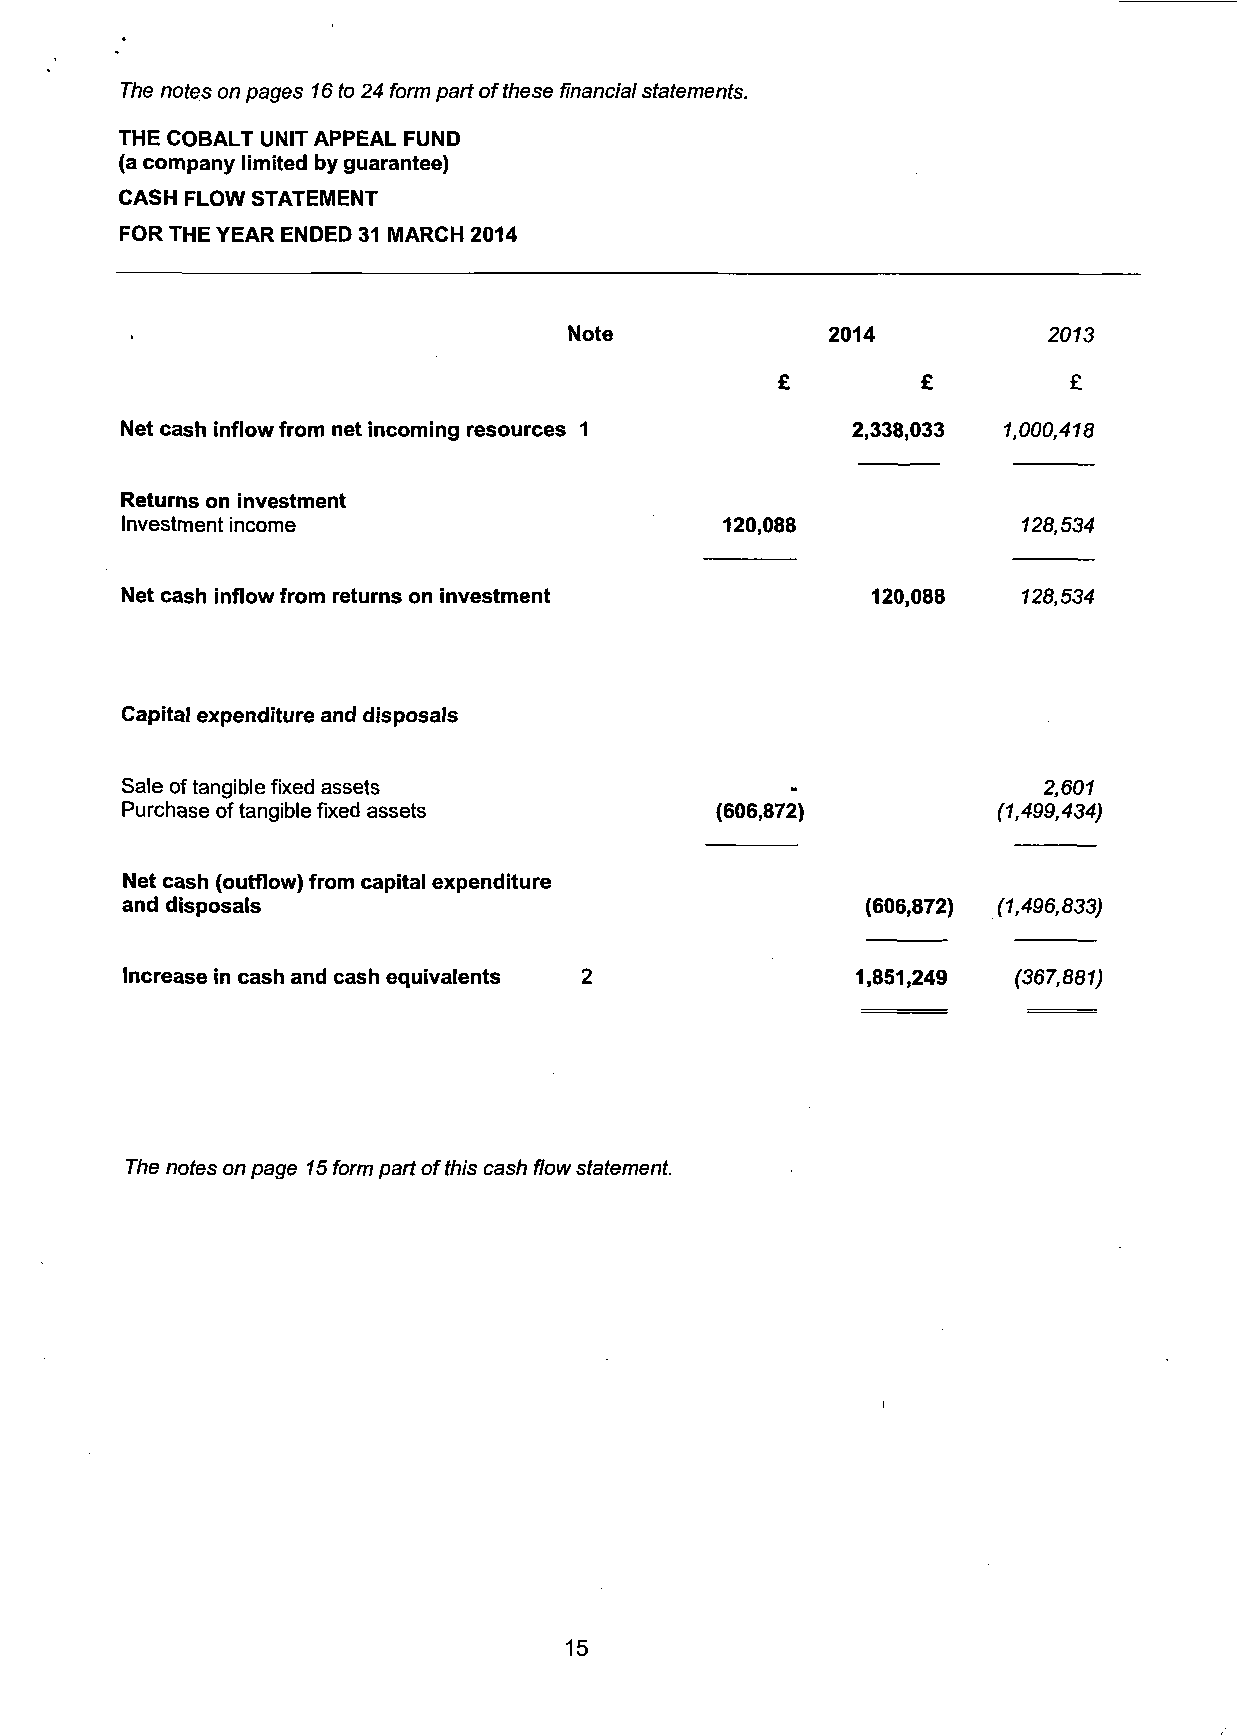
The notes on pages 16 to 24 form part of these financial statements.
 THE COBALT UNIT APPEAL FUND
 (a company limited by guarantee)
 CASH FLOW STATEMENT
 FOR THE YEAR ENDED 31 MARCH 2014
 Note             2014          2073
 £         £         £
 Net cash inflow from net incoming resources 1   2,338,033 1,000,418
 Returns on investment
 Investment income                       120,088             128,534
 Net cash inflow from returns on investment        120,088   128,534
 Capital expenditure and disposals
 Sale of tangible fixed assets                                2,607
 Purchase of tangible fixed assets      (606,872)          (1,499,434)
 Net cash (outflow) from capital expenditure
 and disposals                                    (606,872) (1,496,833)
 Increase in cash and cash equivalents            1,851,249 (367,881)
 The notes on page 15 form part of this cash flow statement.
 15